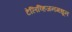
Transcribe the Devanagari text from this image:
टेलिव्हिजनमधून